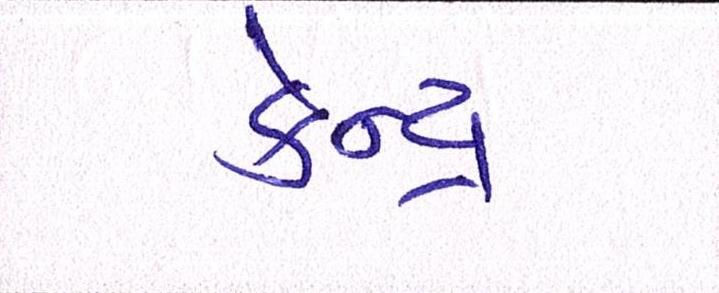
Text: કેન્દ્ર